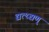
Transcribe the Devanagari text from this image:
द्यत्थ्द्यण्